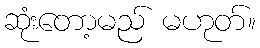
ဆုံးတော့မည် မဟုတ်။